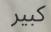
كبير